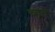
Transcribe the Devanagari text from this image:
च्हुत